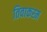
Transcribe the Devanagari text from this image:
तिवाकरम